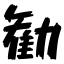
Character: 勧